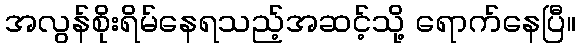
အလွန်စိုးရိမ်နေရသည့်အဆင့်သို့ ရောက်နေပြီ။